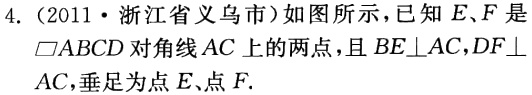
4.（2011·浙江省义乌市）如图所示，已知\(E,F\)是\(\parallelogram ABCD\)对角线\(AC\)上的两点，且\(BE\perp AC,DF\perp AC\)，垂足为点\(E\)、点\(F\).